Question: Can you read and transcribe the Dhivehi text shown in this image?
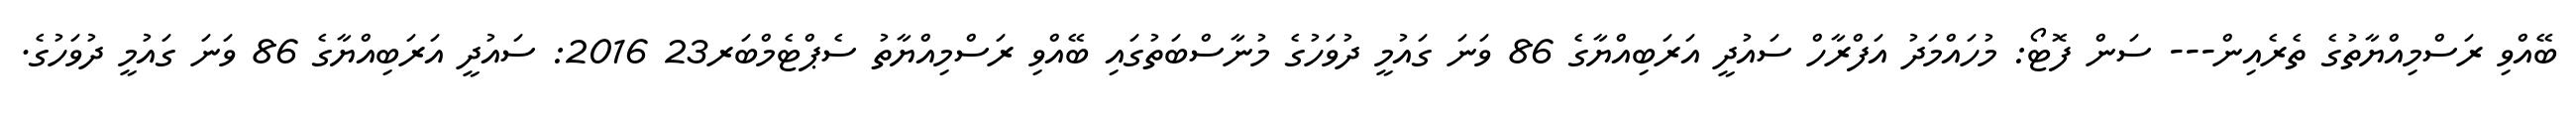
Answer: ބޭއްވި ރަސްމިއްޔާތުގެ ތެރެއިން--- ސަން ފޮޓޯ: މުހައްމަދު އަފްރާހް ސައުދީ އަރަބިއްޔާގެ 86 ވަނަ ގައުމީ ދުވަހުގެ މުނާސްބަތުގައި ބޭއްވި ރަސްމިއްޔާތު ސެޕްޓެމްބަރ23 2016: ސައުދީ އަރަބިއްޔާގެ 86 ވަނަ ގައުމީ ދުވަހުގެ.